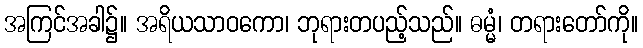
အကြင်အခါ၌။ အရိယသာဝကော၊ ဘုရားတပည့်သည်။ ဓမ္မံ၊ တရားတော်ကို။